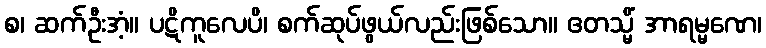
စ၊ ဆက်ဦးအံ့။ ပဋိကူလေပိ၊ စက်ဆုပ်ဖွယ်လည်းဖြစ်သော။ ဧတသ္မိံ အာရမ္မဏေ၊